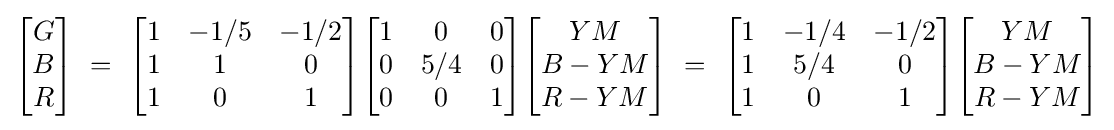
{\begin{aligned}{\begin{bmatrix}G\\B\\R\end{bmatrix}}\ =\ {\begin{bmatrix}1&-1/5&-1/2\\1&1&0\\1&0&1\end{bmatrix}}{\begin{bmatrix}1&0&0\\0&5/4&0\\0&0&1\end{bmatrix}}{\begin{bmatrix}YM\\B-YM\\R-YM\end{bmatrix}}\ =\ {\begin{bmatrix}1&-1/4&-1/2\\1&5/4&0\\1&0&1\end{bmatrix}}{\begin{bmatrix}YM\\B-YM\\R-YM\end{bmatrix}}\end{aligned}}